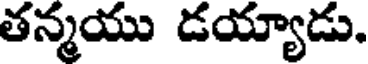
తన్మయు డయ్యాడు.